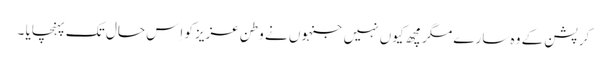
کرپشن کے وہ سارے مگرمچھ کیوں نہیں جنہوں نے وطنِ عزیزکو اِس حال تک پہنچایا ۔